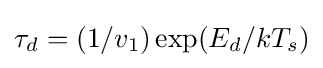
\tau _{d}=(1/v_{1})\exp(E_{d}/kT_{s})